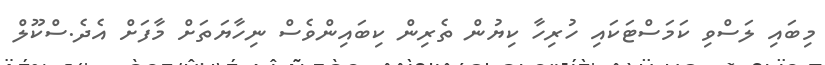
މިބައި ލަސްވި ކަމަސްޓަކައި ހުރިހާ ކިޔުން ތެރިން ކިބައިންވެސް ނިހާޔަތަށް މާފަށް އެދެ.ސްކޫލް